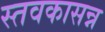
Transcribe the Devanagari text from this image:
स्तवकासन्न